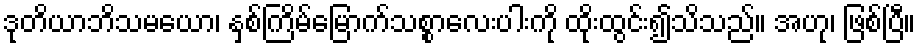
ဒုတိယာဘိသမယော၊ နှစ်ကြိမ်မြောက်သစ္စာလေးပါးကို ထိုးထွင်း၍သိသည်။ အဟု၊ ဖြစ်ပြီ။